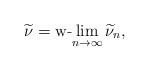
LaTeX: \begin{align*}\widetilde{\nu}= \mbox{\rm w-}\!\lim_{n\to \infty} \widetilde{\nu}_n,\end{align*}